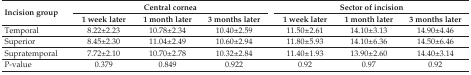
<table><thead><tr><td rowspan="3"><b>Incision group</b></td><td colspan="3"><b>Central cornea</b></td><td colspan="3"><b>Sector of incision</b></td></tr><tr><td><b>1 week later</b></td><td><b>1 month later</b></td><td><b>3 months later</b></td><td><b>1 week later</b></td><td><b>1 month later</b></td><td><b>3 months later</b></td></tr></thead><tbody><tr><td>Temporal</td><td>8.22±2.23</td><td>10.78±2.34</td><td>10.40±2.59</td><td>11.50±2.61</td><td>14.10±3.13</td><td>14.90±4.46</td></tr><tr><td>Superior</td><td>8.45±2.30</td><td>11.04±2.49</td><td>10.60±2.94</td><td>11.80±5.93</td><td>14.10±6.36</td><td>14.50±6.46</td></tr><tr><td>Supratemporal</td><td>7.72±2.10</td><td>10.70±2.78</td><td>10.32±2.84</td><td>11.40±1.93</td><td>13.90±2.60</td><td>14.40±3.14</td></tr><tr><td>P-value</td><td>0.379</td><td>0.849</td><td>0.922</td><td>0.92</td><td>0.97</td><td>0.92</td></tr></tbody></table>